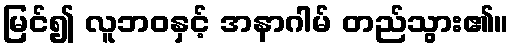
မြင်၍ လူဘဝနှင့် အနာဂါမ် တည်သွား၏။